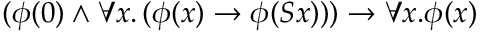
( \phi ( 0 ) \land \forall x . \, ( \phi ( x ) \to \phi ( S x ) ) ) \to \forall x . \phi ( x )